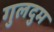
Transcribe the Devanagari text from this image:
गुलदुम